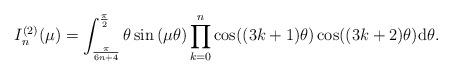
LaTeX: \begin{align*} I^{(2)}_n(\mu)= \int_{\frac{\pi}{6n+4}}^{\frac{\pi}{2}}\theta\sin\left(\mu\theta\right)\prod_{k=0}^{n}\cos((3k+1)\theta)\cos((3k+2)\theta)\mathrm{d}\theta.\end{align*}